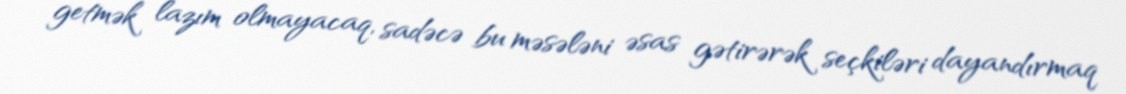
getmək lazım olmayacaq, sadəcə bu məsələni əsas gətirərək seçkiləri dayandırmaq